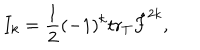
LaTeX: I _ { k } = { \frac { 1 } { 2 } } ( - 1 ) ^ { k } \mathrm { t r } _ { T } \hat { F } ^ { 2 k } ,